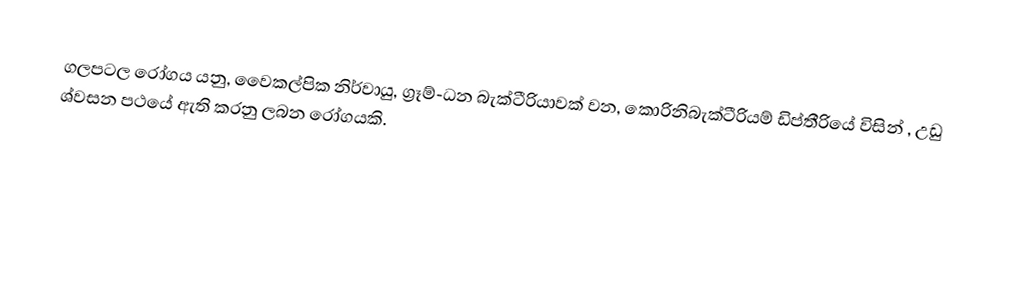
ගලපටල රෝගය  යනු, වෛකල්පික නිර්වායු, ග්‍රෑම්-ධන බැක්ටීරියාවක් වන,  කොරිනිබැක්ටීරියම් ඩිප්තීරියේ විසින් , උඩු ශ්වසන පථයේ ඇති කරනු ලබන රෝගයකි.